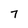
Character: 7